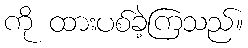
ကို ထားပစ်ခဲ့ကြသည်။